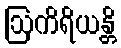
ဩကိရိယန္တိ